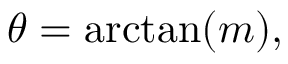
\theta = \arctan ( m ) ,